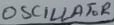
Text: OSCILLATOR